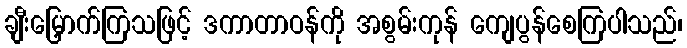
ချီးမြှောက်ကြသဖြင့် ဒကာတာဝန်ကို အစွမ်းကုန် ကျေပွန်စေကြပါသည်၊